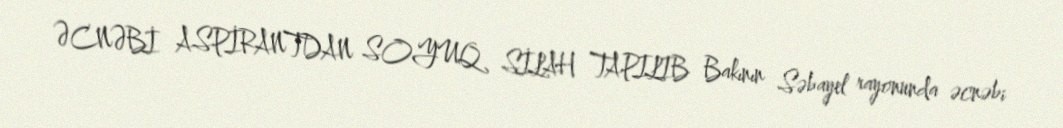
ƏCNƏBİ ASPİRANTDAN SOYUQ SİLAH TAPILIB Bakının Səbayel rayonunda əcnəbi